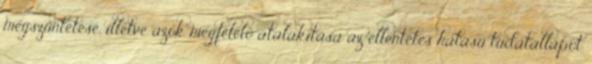
megszűntetése, illetve azok megfelelő átalakítása az ellentétes hatású tudatállapot